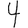
Digit: 4